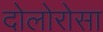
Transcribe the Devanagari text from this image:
दोलोरोसा